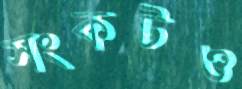
সংকটও